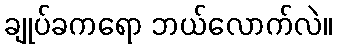
ချုပ်ခကရော ဘယ်လောက်လဲ။